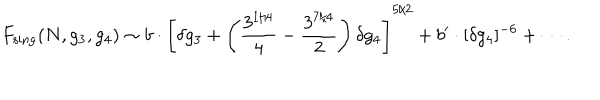
LaTeX: F _ { \mathrm { s i n g } } ( N , g _ { 3 } , g _ { 4 } ) \sim b \cdot \left[ \delta g _ { 3 } + \left( \frac { 3 ^ { 1 / 4 } } { 4 } - \frac { 3 ^ { 7 / 4 } } { 2 } \right) \delta g _ { 4 } \right] ^ { 5 / 2 } + b ^ { \prime } \cdot [ \delta g _ { 4 } ] ^ { - 6 } + \cdots .